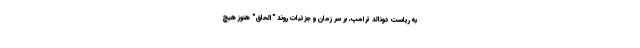
به ریاست دونالد ترامپ، بر سر زمان و جزئیات روند "الحاق" هنوز هیچ